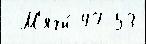
 М'ячи́ 47 53